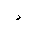
Letter: _dal